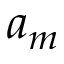
a _ { m }